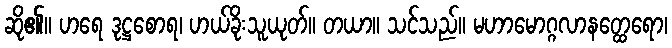
ဆို၏။ ဟရေ ဒုဋ္ဌစောရ၊ ဟယ်ခိုးသူယုတ်။ တယာ။ သင်သည်။ မဟာမောဂ္ဂလာနတ္ထေရော၊